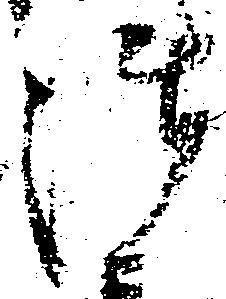
御